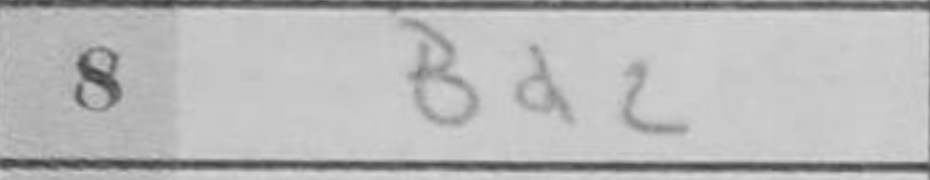
Transcription: Bd2